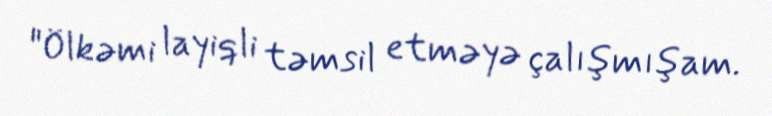
"Ölkəmi layiqli təmsil etməyə çalışmışam.